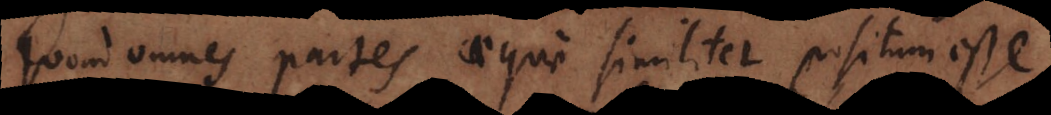
quoad omnes partes aeque similiter positum esse,